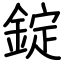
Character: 錠